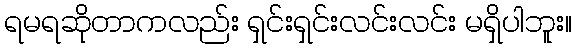
ရမရဆိုတာကလည်း ရှင်းရှင်းလင်းလင်း မရှိပါဘူး။